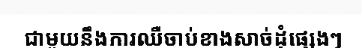
ជាមួយនឹងការឈឺចាប់ខាងសាច់ដុំផ្សេងៗ